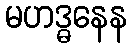
မဟဒ္ဓနေန